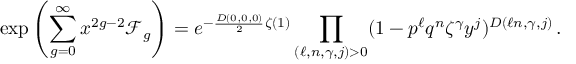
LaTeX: \exp \left( \sum _ { g = 0 } ^ { \infty } x ^ { 2 g - 2 } \mathcal { F } _ { g } \right) = e ^ { - \frac { D ( 0 , 0 , 0 ) } { 2 } \zeta ( 1 ) } \prod _ { ( \ell , n , \gamma , j ) > 0 } ( 1 - p ^ { \ell } q ^ { n } \zeta ^ { \gamma } y ^ { j } ) ^ { D ( \ell n , \gamma , j ) } \, .